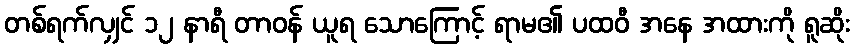
တစ်ရက်လျှင် ၁၂ နာရီ တာဝန် ယူရ သောကြောင့် ရာမ၏ ပထဝီ အနေ အထားကို ရူဆိုး